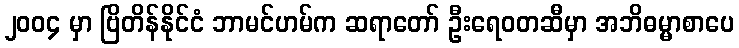
၂၀၀၄ မှာ ဗြိတိန်နိုင်ငံ ဘာမင်ဟမ်က ဆရာတော် ဦးရေဝတဆီမှာ အဘိဓမ္မာစာပေ